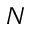
N